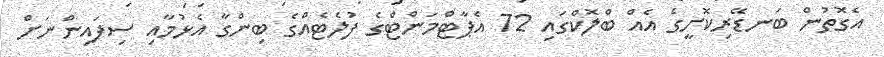
އެގޮތުން ބަނޑޭރިކޮށީގެ އެއް ބްލޮކްގައި 72 އެޕާޓްމަންޓްގެ ފުލެޓެއްގެ ބިންގާ އެޅުމާއި ސިފައިންނަށް